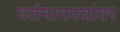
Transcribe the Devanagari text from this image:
वर्तमानपत्रांवर